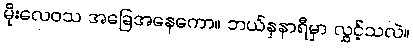
မိုးလေဝသ အခြေအနေကော။ ဘယ်နှနာရီမှာ လွှင့်သလဲ။